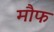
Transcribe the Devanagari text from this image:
मौफ